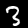
Label: 3